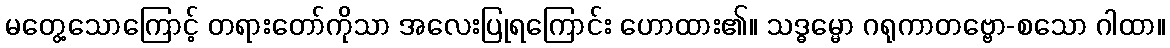
မတွေ့သောကြောင့် တရားတော်ကိုသာ အလေးပြုရကြောင်း ဟောထား၏။ သဒ္ဓမ္မော ဂရုကာတဗ္ဗော-စသော ဂါထာ။